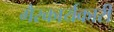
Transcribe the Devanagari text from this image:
गैरकार्यकारी